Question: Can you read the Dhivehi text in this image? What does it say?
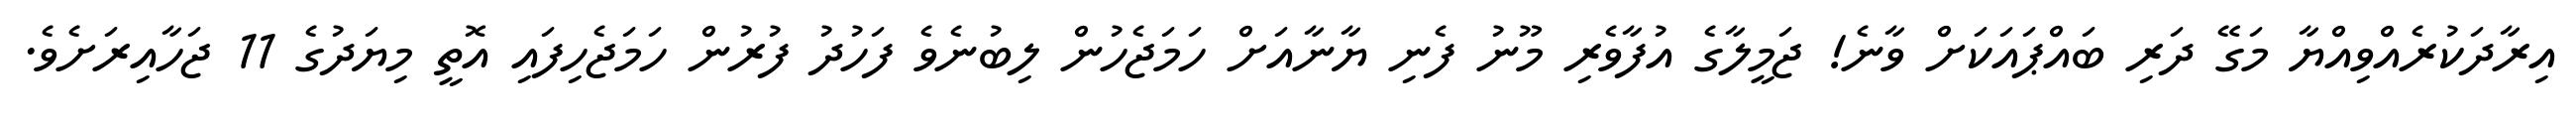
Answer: އިރާދަކުރެއްވިއްޔާ މަގޭ ދަރި ބައްޕައަކަށް ވާނެ! ޖަމީލާގެ އުފާވެރި މޫނު ފެނި ޔާނާއަށް ހަމަޖެހުން ލިބުނެވެ ފަހުދު ފުރުން ހަމަޖެހިފައި އޮތީ މިޔަދުގެ 11 ޖަހާއިރަށެވެ.